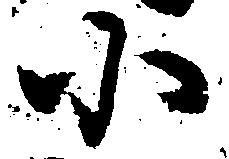
小